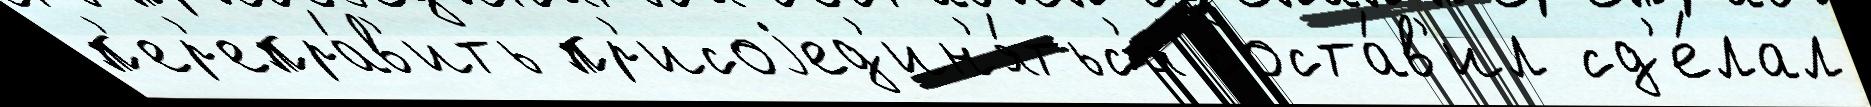
п'ер'епра́в'ить пр'исоjед'ин'я́тьс'я соста́в'ил сд'е́лал